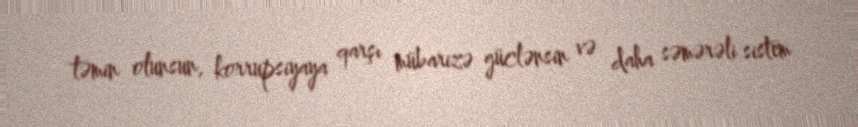
təmin olunsun, korrupsiyaya qarşı mübarizə güclənsin və daha səmərəli sistem